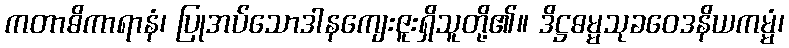
ကတာဓိကာရာနံ၊ ပြုအပ်သောဒါနကျေးဇူးရှိသူတို့၏။ ဒိဋ္ဌဓမ္မသုခဝေဒနိယကမ္မံ၊